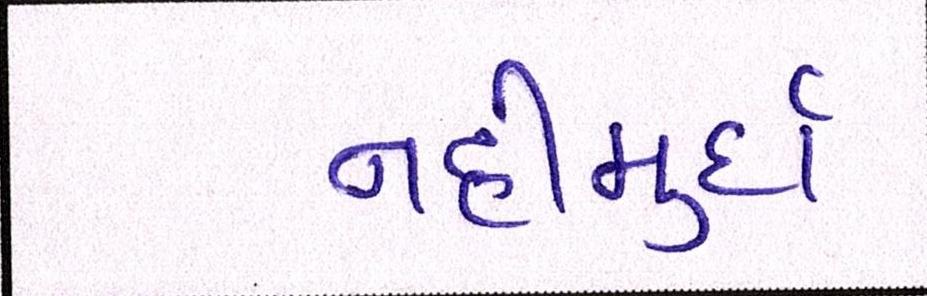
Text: નહીંમુર્દા